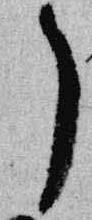
了